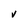
Character: V